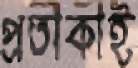
প্রতীকীই